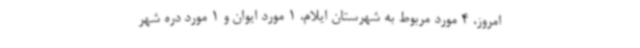
امروز، 4 مورد مربوط به شهرستان ایلام، 1 مورد ایوان و 1 مورد دره شهر